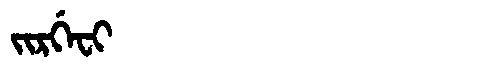
Manchu: ᠵᡳᡵᡤᡝᠸᡳ
Romanization: JIRGEFI